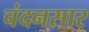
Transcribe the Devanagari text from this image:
चंदनसार